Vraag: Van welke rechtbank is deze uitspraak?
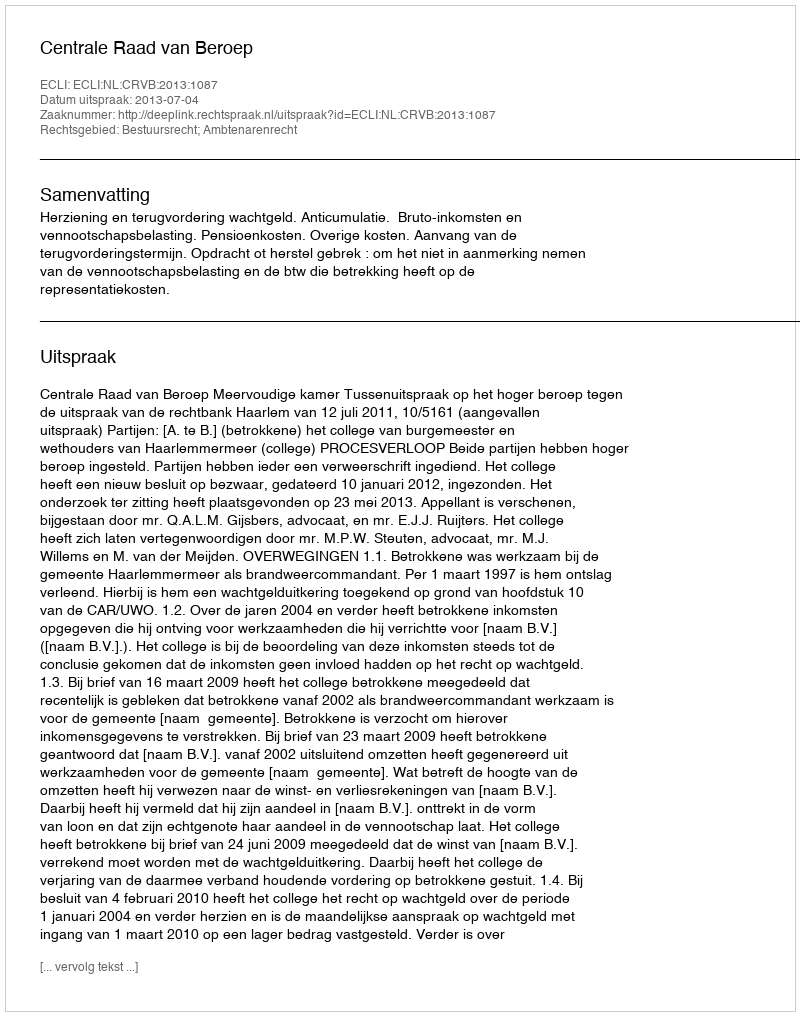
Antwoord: Centrale Raad van Beroep